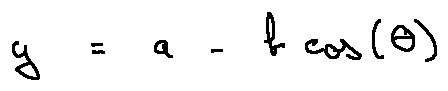
y = a - b \cos ( \theta )